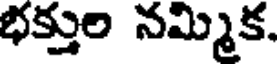
భక్తుల నమ్మిక,